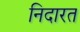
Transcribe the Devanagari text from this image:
निदारत